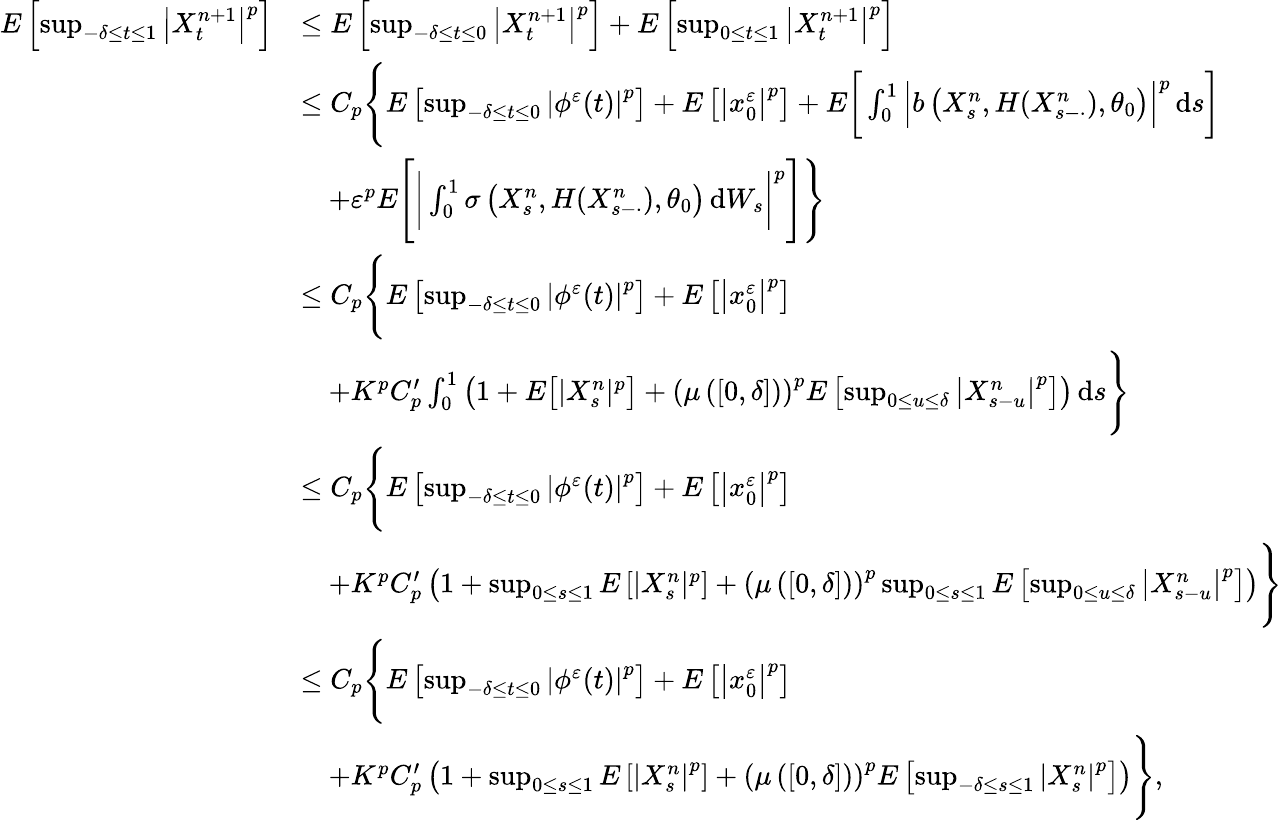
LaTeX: \begin{array}{rl}{E\left[\operatorname*{sup}_{-\delta\leq t\leq 1}\left|X_{t}^{n+1}\right|^{p}\right]}&{\leq E\left[\operatorname*{sup}_{-\delta\leq t\leq 0}\left|X_{t}^{n+1}\right|^{p}\right]+E\left[\operatorname*{sup}_{0\leq t\leq 1}\left|X_{t}^{n+1}\right|^{p}\right]}\\ &{\leq C_{p}\Bigg\{ E\left[\operatorname*{sup}_{-\delta\leq t\leq 0}\left|\phi^{\varepsilon}(t)\right|^{p}\right]+E\left[\left|x_{0}^{\varepsilon}\right|^{p}\right]+E\bigg[\int_{0}^{1}\Big|b\left(X_{s}^{n},H(X_{s-\cdot}^{n}),\theta_{0}\right)\Big|^{p}\, \mathrm{d}s\bigg]}\\ &{\quad+\varepsilon^{p}E\Bigg[\bigg|\int_{0}^{1}\sigma\left(X_{s}^{n},H(X_{s-\cdot}^{n}),\theta_{0}\right)\, \mathrm{d}W_{s}\bigg|^{p}\Bigg]\Bigg\} }\\ &{\leq C_{p}\Bigg\{ E\left[\operatorname*{sup}_{-\delta\leq t\leq 0}\left|\phi^{\varepsilon}(t)\right|^{p}\right]+E\left[\big|x_{0}^{\varepsilon}\big|^{p}\right]}\\ &{\quad+K^{p}C_{p}^{\prime}\int_{0}^{1}\left(1+E\big[|X_{s}^{n}|^{p}\big]+\left(\mu\left(\left[0,\delta\right]\right)\right)^{p}E\left[\operatorname*{sup}_{0\leq u\leq\delta}\left|X_{s-u}^{n}\right|^{p}\right]\right)\, \mathrm{d}s\Bigg\} }\\ &{\leq C_{p}\Bigg\{ E\left[\operatorname*{sup}_{-\delta\leq t\leq 0}\left|\phi^{\varepsilon}(t)\right|^{p}\right]+E\left[\big|x_{0}^{\varepsilon}\big|^{p}\right]}\\ &{\quad+K^{p}C_{p}^{\prime}\left(1+\operatorname*{sup}_{0\leq s\leq 1}E\left[|X_{s}^{n}|^{p}\right]+\left(\mu\left(\left[0,\delta\right]\right)\right)^{p}\operatorname*{sup}_{0\leq s\leq 1}E\left[\operatorname*{sup}_{0\leq u\leq\delta}\left|X_{s-u}^{n}\right|^{p}\right]\right)\Bigg\} }\\ &{\leq C_{p}\Bigg\{ E\left[\operatorname*{sup}_{-\delta\leq t\leq 0}\left|\phi^{\varepsilon}(t)\right|^{p}\right]+E\left[\big|x_{0}^{\varepsilon}\big|^{p}\right]}\\ &{\quad+K^{p}C_{p}^{\prime}\left(1+\operatorname*{sup}_{0\leq s\leq 1}E\left[\left|X_{s}^{n}\right|^{p}\right]+\left(\mu\left(\left[0,\delta\right]\right)\right)^{p}E\left[\operatorname*{sup}_{-\delta\leq s\leq 1}\left|X_{s}^{n}\right|^{p}\right]\right)\Bigg\} ,}\end{array}